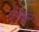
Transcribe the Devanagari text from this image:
दूर्लक्षिल्या